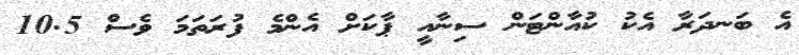
އެ ބަނދަރާ އެކު ކުއާންޓަން ސިނާއީ ޕާކަށް އެންމެ ފުރަތަމަ ވެސް 10.5